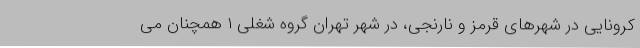
کرونایی در شهرهای قرمز و نارنجی، در شهر تهران گروه شغلی ۱ همچنان می